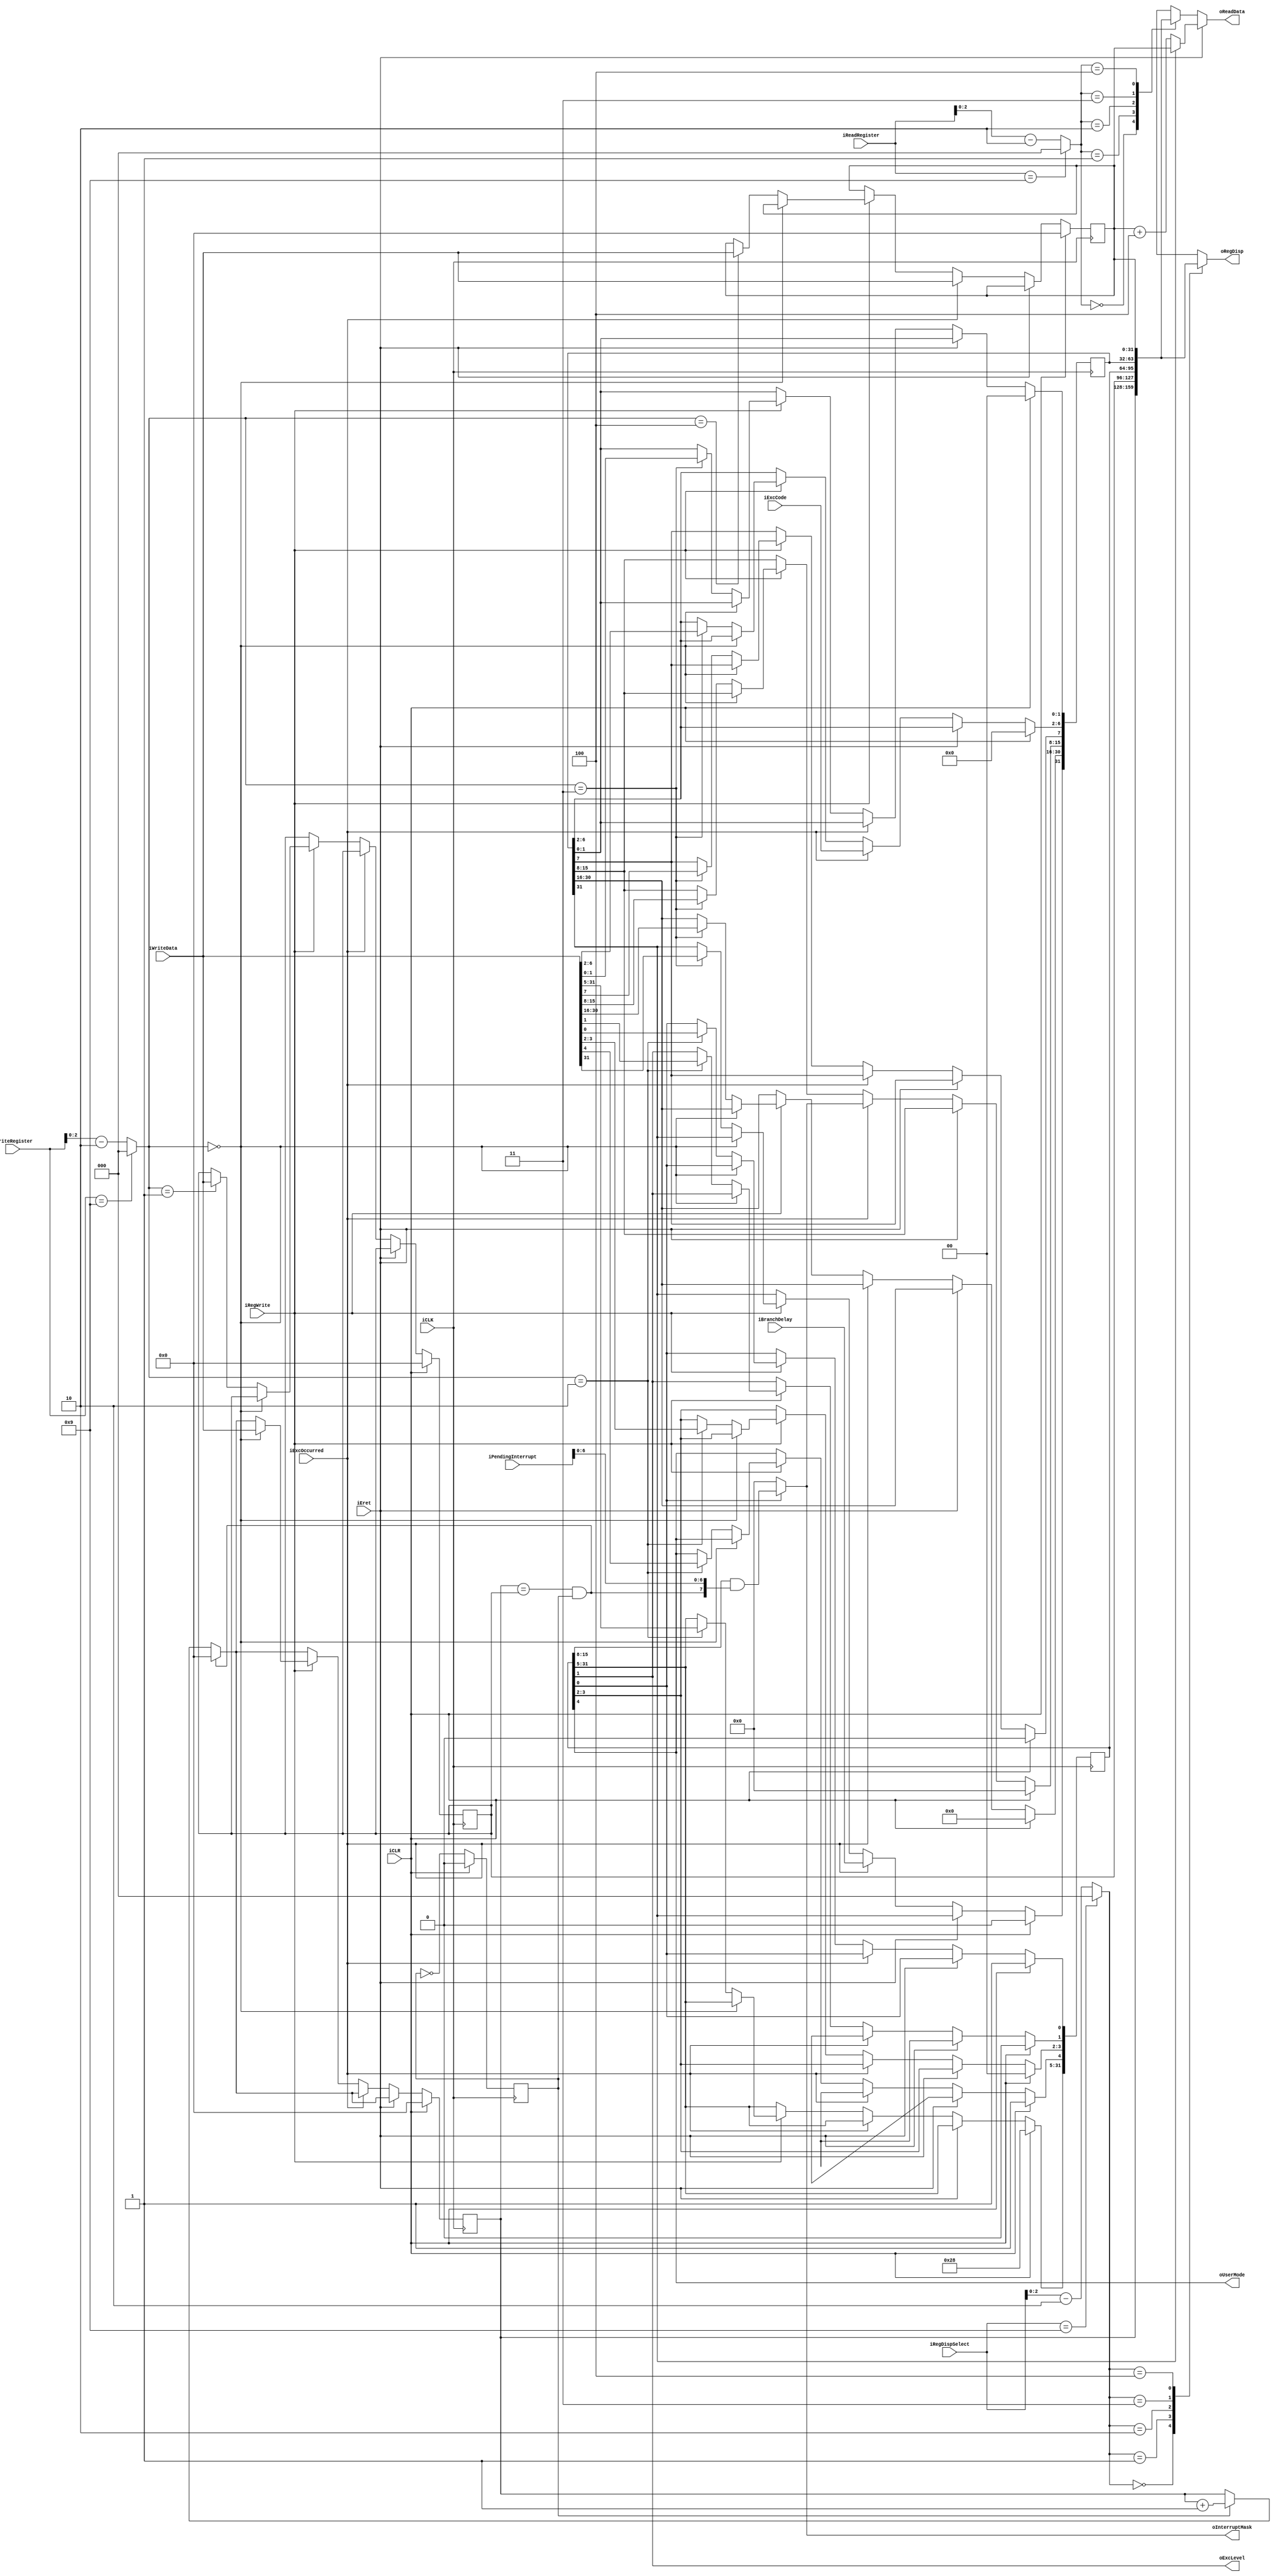
module COP0RegistersUNI(
	iCLK,
	iCLR,
	
	// register file interface
	iReadRegister,
	iWriteRegister,
	iWriteData,
	iRegWrite,
	oReadData,
	
	// eret interface
	iEret,
	
	// COP0 interface
	iExcOccurred,
	iBranchDelay,
	iPendingInterrupt,
	iExcCode,
	oInterruptMask,
	oUserMode,
	oExcLevel,
	
	// DE2-70 interface
	iRegDispSelect,
	oRegDisp
);

// register file indexes
parameter	REG_COUNT	= 3'b000,
			REG_COMPARE	= 3'b001,
			REG_SR		= 3'b010,
			REG_CAUSE	= 3'b011,
			REG_EPC		= 3'b100,
// registers bits
			CAUSE_BD	= 5'd31,
			SR_UM		= 5'd4,
			SR_EL		= 5'd1,
			SR_IE		= 5'd0;

input iCLK;
input iCLR;

// register file declarations
input [4:0] iReadRegister;
input [4:0] iWriteRegister;
input [31:0] iWriteData;
input iRegWrite;
output [31:0] oReadData;

// eret declarations
input iEret;

// COP0 declarations
input iExcOccurred;
input iBranchDelay;
input [7:0] iPendingInterrupt;
input [4:0] iExcCode;
output [7:0] oInterruptMask;
output oUserMode;
output oExcLevel;

// DE2-70 declarations
input [4:0] iRegDispSelect;
output [31:0] oRegDisp;

// register file
reg [31:0] registers[4:0];

// register file local wires
wire [2:0] wReadRegister;
wire [2:0] wWriteRegister;
wire [2:0] wRegDispSelect;

// count register clock
reg count_clock;

// COP0 local wires
wire [7:0] wInterruptMask;
wire wCountLimit;

// register file assignments
wire [4:0] w1,w2,w3;
assign w1 = iReadRegister == 5'd9 ? REG_COUNT : iReadRegister - 5'd10;
assign wReadRegister = w1[2:0];
assign w2 = iWriteRegister == 5'd9 ? REG_COUNT : iWriteRegister - 5'd10;
assign wWriteRegister = w2[2:0];
assign oReadData = iEret ? (registers[REG_CAUSE][CAUSE_BD] ? registers[REG_EPC] : (registers[REG_EPC] + 32'd4)) : registers[wReadRegister];

// COP0 assignments
assign wCountLimit = registers[REG_COUNT] == registers[REG_COMPARE] && count_clock;
assign wInterruptMask = registers[REG_SR][SR_IE] ? (registers[REG_SR][15:8] & {wCountLimit, iPendingInterrupt[6:0]}) : 8'b0;
assign oInterruptMask = wInterruptMask;
assign oUserMode = registers[REG_SR][SR_UM];
assign oExcLevel = registers[REG_SR][SR_EL];

// DE2-70 assignments
assign w3 = iRegDispSelect == 5'd9 ? REG_COUNT : iRegDispSelect - 5'd10;
assign wRegDispSelect = w3[2:0];
assign oRegDisp = registers[wRegDispSelect];

// initialization
initial
begin
	// register file initialization
	registers[REG_COUNT]	<= 32'b0;
	registers[REG_COMPARE]	<= 32'b0;
	registers[REG_SR]		<= 32'h00000511; // apenas a interrupcao de teclado eh habilitada incialmente
	registers[REG_CAUSE]	<= 32'b0;
	registers[REG_EPC]		<= 32'b0;
	
	// count register clock initialization
	count_clock <= 1'b0;
end

// clock writes
always @(posedge iCLK)
begin
	// clear set
	if (iCLR)
	begin
		// clearing register file
		registers[REG_COUNT]	<= 32'b0;
		registers[REG_COMPARE]	<= 32'b0;
		registers[REG_SR]		<= 32'h00000511; // apenas a interrupcao de teclado eh habilitada incialmente
		registers[REG_CAUSE]	<= 32'b0;
		registers[REG_EPC]		<= 32'b0;
		
		// clearing count register
		count_clock <= 1'b0;
	end
	// clear not set
	else
	begin
		// eret instruction
		if (iEret)
		begin
			registers[REG_SR][SR_UM] <= ON;
			registers[REG_SR][SR_EL] <= OFF;
			
			// increment count register
			if (wCountLimit)
				registers[REG_COUNT] <= 32'b0;
			else if (count_clock)
				registers[REG_COUNT] <= registers[REG_COUNT] + 32'd1;
		end
		// exception occurred
		else if (iExcOccurred)
		begin
			registers[REG_SR][SR_UM] <= OFF;
			registers[REG_SR][SR_EL] <= ON;
			
			registers[REG_CAUSE][CAUSE_BD]	<= iBranchDelay;
			registers[REG_CAUSE][15:8]		<= wInterruptMask;
			registers[REG_CAUSE][6:2]		<= iExcCode;
			
			registers[REG_EPC] <= iWriteData;
			
			// increment count register
			if (wCountLimit)
				registers[REG_COUNT] <= 32'b0;
			else if (count_clock)
				registers[REG_COUNT] = registers[REG_COUNT] + 32'd1;
		end
		// writing register
		else if (iRegWrite)
		begin
			// writing to count register
			if (wWriteRegister == REG_COUNT)
				registers[REG_COUNT] <= iWriteData;
			else
			// writing to another register
			begin
				registers[wWriteRegister] <= iWriteData;
				
				// increment count register
				if (wCountLimit)
					registers[REG_COUNT] <= 32'b0;
				else if (count_clock)
					registers[REG_COUNT] <= registers[REG_COUNT] + 32'd1;
			end
		end
		// just increment the counter
		else if (wCountLimit)
			registers[REG_COUNT] <= 32'b0;
		else if (count_clock)
			registers[REG_COUNT] <= registers[REG_COUNT] + 32'd1;
		
		// inverting count register clock
		count_clock = ~count_clock;
	end
end

endmodule